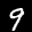
Label: 9